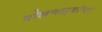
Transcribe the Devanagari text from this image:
बोलणाऱ्यांचा